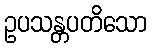
ဥပသန္တပတိသော